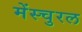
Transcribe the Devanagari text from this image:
मेंस्चुरल